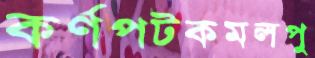
কর্ণপটকমলপু